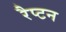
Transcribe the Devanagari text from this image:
रैप्टन